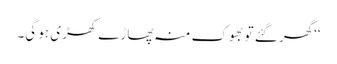
‘‘گھر گئے تو بھوک منہ پھاڑے کھڑی ہو گی۔